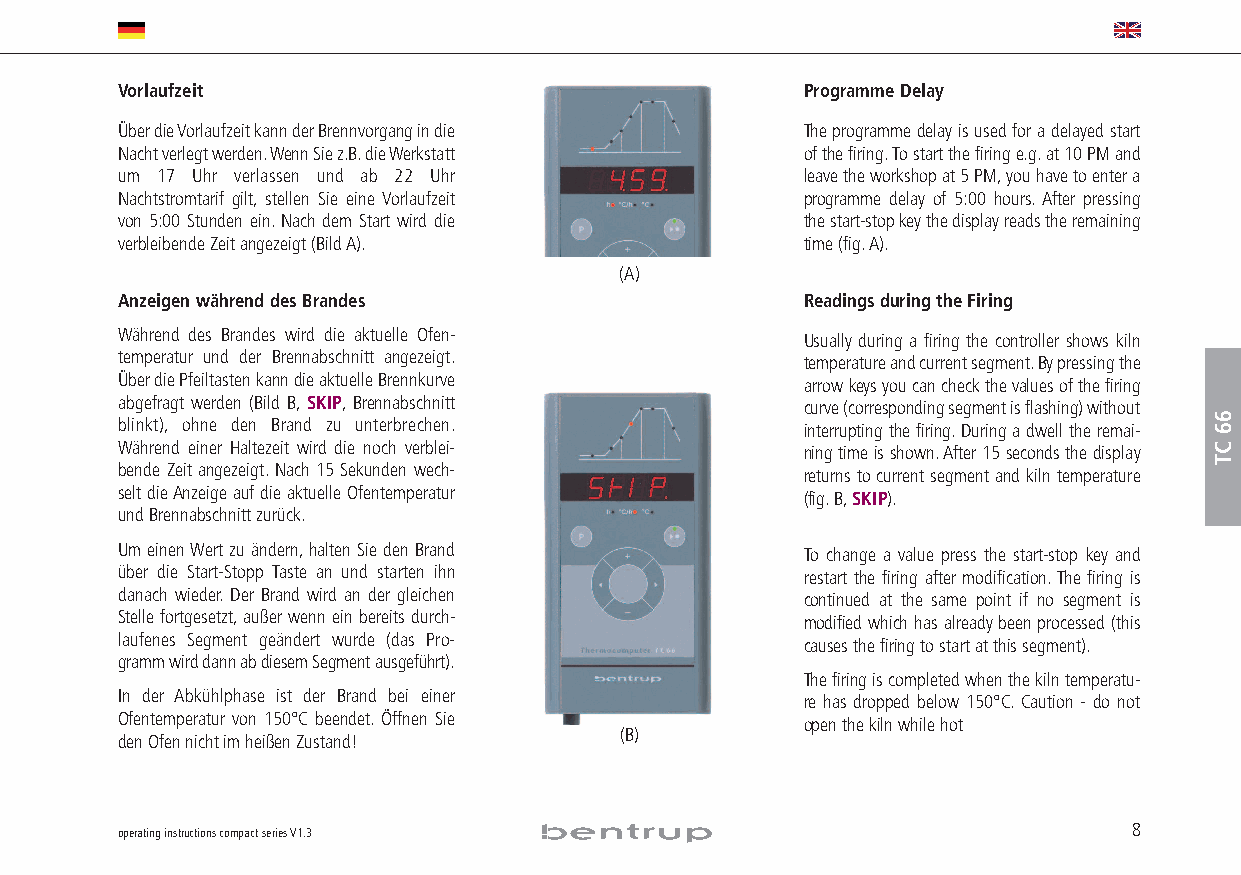
Vorlaufzeit                                  Programme Delay
 Über die Vorlaufzeit kann der Brennvorgang in die The programme delay is used for a delayed start
 Nacht verlegt werden.Wenn Sie z.B.die Werkstatt of the firing.To start the firing e.g.at 10 PM and
 um 17 Uhr verlassen und ab 22 Uhr            leave the workshop at 5 PM,you have to enter a
 Nachtstromtarif gilt, stellen Sie eine Vorlaufzeit programme delay of 5:00 hours.After pressing
 von 5:00 Stunden ein.Nach dem Start wird die the start-stop key the display reads the remaining
 verbleibende Zeit angezeigt (Bild A).        time (fig.A).
 (A)
 Anzeigen während des Brandes                 Readings during the Firing
 Während des Brandes wird die aktuelle Ofen-  Usually during a firing the controller shows kiln
 temperatur und der Brennabschnitt angezeigt. temperature and current segment.By pressing the
 Über die Pfeiltasten kann die aktuelle Brennkurve arrow keys you can check the values of the firing
 abgefragt werden (Bild B, SKIP, Brennabschnitt curve (corresponding segment is flashing) without
 blinkt), ohne den Brand zu unterbrechen.     interrupting the firing.During a dwell the remai-
 Während einer Haltezeit wird die noch verblei- ning time is shown.After 15 seconds the display
 bende Zeit angezeigt.Nach 15 Sekunden wech-  returns to current segment and kiln temperature
 selt die Anzeige auf die aktuelle Ofentemperatur (fig.B,SKIP).
 und Brennabschnitt zurück.
 Um einen Wert zu ändern,halten Sie den Brand To change a value press the start-stop key and
 über die Start-Stopp Taste an und starten ihn restart the firing after modification.The firing is
 danach wieder. Der Brand wird an der gleichen continued at the same point if no segment is
 Stelle fortgesetzt,außer wenn ein bereits durch- modified which has already been processed (this
 laufenes Segment geändert wurde (das Pro-    causes the firing to start at this segment).
 gramm wird dann ab diesem Segment ausgeführt).
 The firing is completed when the kiln temperatu-
 In der Abkühlphase ist der Brand bei einer   re has dropped below 150°C.Caution - do not
 Ofentemperatur von 150°C beendet. Öffnen Sie open the kiln while hot
 (B)
 den Ofen nicht im heißen Zustand!
 operating instructions compact series V1.3                         8
 66
 CT